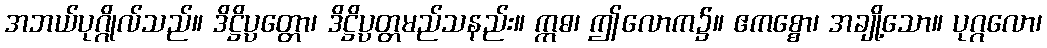
အဘယ်ပုဂ္ဂိုလ်သည်။ ဒိဋ္ဌိပ္ပတ္တော၊ ဒိဋ္ဌိပ္ပတ္တမည်သနည်း။ ဣဓ၊ ဤလောက၌။ ဧကစ္စော၊ အချို့သော။ ပုဂ္ဂလော၊